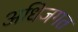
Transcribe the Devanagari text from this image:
अधिजगत